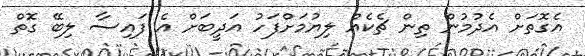
އެގޮތަށް އެދުމުން ތިން ޗެކެއް ލިޔުމަށްފަހު އަދީބަށް އެ ފައިސާ ލިބޭ ގޮތް